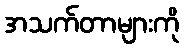
အသက်တာများကို